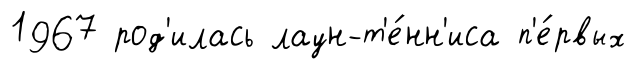
1967 род'илась лаун-т'е́нн'иса п'е́рвых